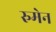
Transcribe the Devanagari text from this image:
रुमेन